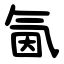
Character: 氤